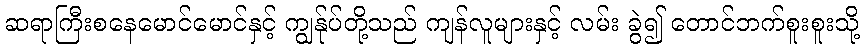
ဆရာကြီးစနေမောင်မောင်နှင့် ကျွန်ုပ်တို့သည် ကျန်လူများနှင့် လမ်း ခွဲ၍ တောင်ဘက်စူးစူးသို့